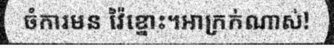
ចំការមន វ៉ៃខ្នោះ។អាក្រក់ណាស់!